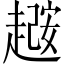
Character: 𫎼